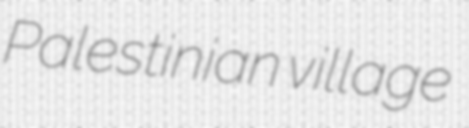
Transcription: Palestinian village